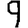
Digit: 9